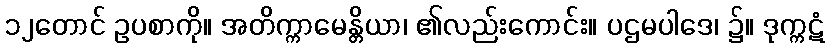
၁၂တောင် ဥပစာကို။ အတိက္ကာမေန္တိယာ၊ ၏လည်းကောင်း။ ပဌမပါဒေ၊ ၌။ ဒုက္ကဋံ